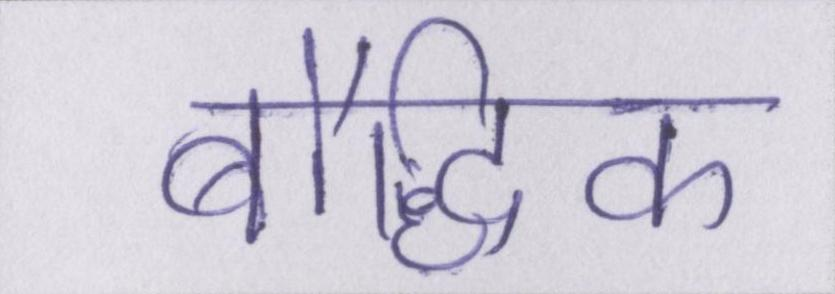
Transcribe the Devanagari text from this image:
बौद्धिक